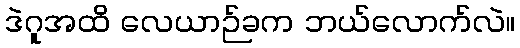
ဒဲဂူအထိ လေယာဉ်ခက ဘယ်လောက်လဲ။